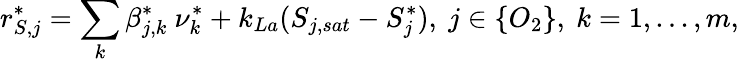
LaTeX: r_{S,j}^{*}=\sum_{k}\beta_{j,k}^{*}\ \nu_{k}^{*}+k_{La}(S_{j,sat}-S_{j}^{*}),\ j\in\{ O_{2}\} ,\ k=1,...,m,